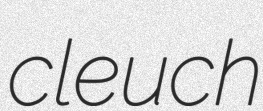
cleuch